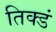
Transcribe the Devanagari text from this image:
तिक्डं